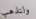
ولنذهب